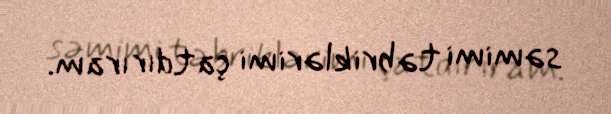
səmimi təbriklərimi çatdırıram.